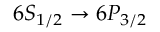
6 S _ { 1 / 2 } \rightarrow 6 P _ { 3 / 2 }